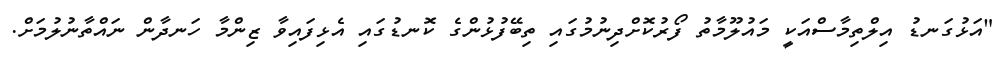
"އަޅުގަނޑު އިލްތިމާސްއަކީ މައުލޫމާތު ފޯރުކޮށްދިނުމުގައި ތިބޭފުޅުންގެ ކޮނޑުގައި އެޅިފައިވާ ޒިންމާ ހަނދާން ނައްތާނުލުމަށް.